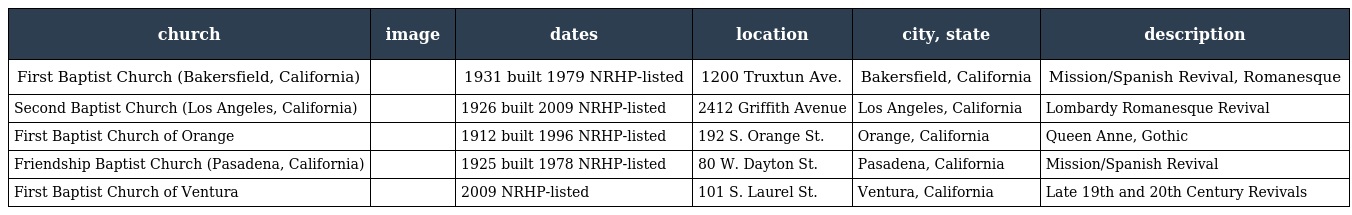
| church | image | dates | location | city, state | description |
 | --- | --- | --- | --- | --- | --- |
 | First Baptist Church (Bakersfield, California) |  | 1931 built 1979 NRHP-listed | 1200 Truxtun Ave. | Bakersfield, California | Mission/Spanish Revival, Romanesque |
 | Second Baptist Church (Los Angeles, California) |  | 1926 built 2009 NRHP-listed | 2412 Griffith Avenue | Los Angeles, California | Lombardy Romanesque Revival |
 | First Baptist Church of Orange |  | 1912 built 1996 NRHP-listed | 192 S. Orange St. | Orange, California | Queen Anne, Gothic |
 | Friendship Baptist Church (Pasadena, California) |  | 1925 built 1978 NRHP-listed | 80 W. Dayton St. | Pasadena, California | Mission/Spanish Revival |
 | First Baptist Church of Ventura |  | 2009 NRHP-listed | 101 S. Laurel St. | Ventura, California | Late 19th and 20th Century Revivals |